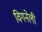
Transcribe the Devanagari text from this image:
विगनेली